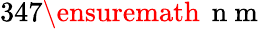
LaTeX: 347\ensuremath{\, \mathrm{~n~m~}}